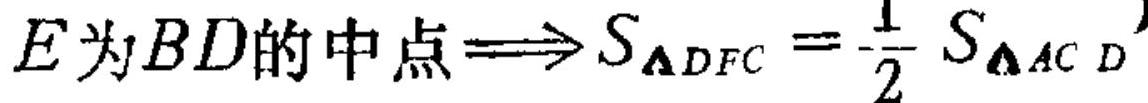
\(E为BD的中点\Longrightarrow S_{\triangle DFC}=\frac{1}{2}S_{\triangle ACD}\)